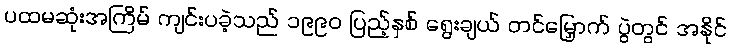
ပထမဆုံးအကြိမ် ကျင်းပခဲ့သည် ၁၉၉၀ ပြည့်နှစ် ရွေးချယ် တင်မြှောက် ပွဲတွင် အနိုင်